Indian journal of veterinary science and animal husbandry - Volumes 15-17, 1948-1951
Year: 1948
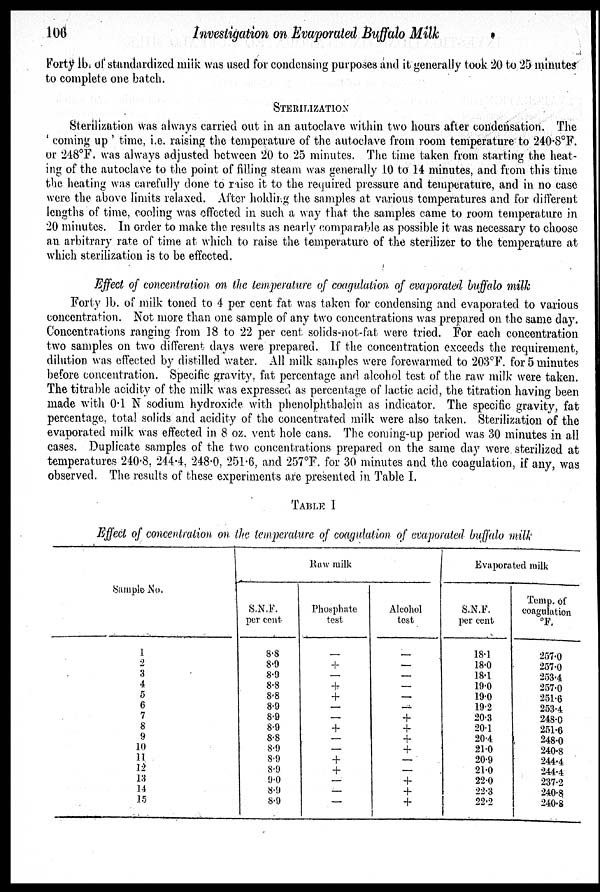
106
Investigation on Evaporated Buffalo Milk
Forty lb. of standardized milk was used for condensing purposes and it generally took 20 to 25 minutes
to complete one batch.
STERILIZATION
Sterilization was always carried out in an autoclave within two hours after condensation. The
'coming up' time, i.e. raising the temperature of the autoclave from room temperature to 240.8°F.
or 248°F. was always adjusted between 20 to 25 minutes. The time taken from starting the heat-
ing of the autoclave to the point of filling steam was generally 10 to 14 minutes, and from this time
the heating was carefully done to raise it to the required pressure and temperature, and in no case
were the above limits relaxed. After holding the samples at various temperatures and for different
lengths of time, cooling was effected in such a way that the samples came to room temperature in
20 minutes. In order to make the results as nearly comparable as possible it was necessary to choose
an arbitrary rate of time at which to raise the temperature of the sterilizer to the temperature at
which sterilization is to be effected.
Effect of concentration on the temperature of coagulation of evaporated buffalo milk
Forty lb. of milk toned to 4 per cent fat was taken for condensing and evaporated to various
concentration. Not more than one sample of any two concentrations was prepared on the same day.
Concentrations ranging from 18 to 22 per cent solids-not-fat were tried. For each concentration
two samples on two different days were prepared. If the concentration exceeds the requirement,
dilution was effected by distilled water. All milk samples were forewarmed to 203ºF. for 5 minutes
before concentration. Specific gravity, fat percentage and alcohol test of the raw milk were taken.
The titrable acidity of the milk was expressed as percentage of lactic acid, the titration having been
made with 0.1 N sodium hydroxide with phenolphthalcin as indicator. The specific gravity, fat
percentage, total solids and acidity of the concentrated milk were also taken. Sterilization of the
evaporated milk was effected in 8 oz. vent hole cans. The coming-up period was 30 minutes in all
cases. Duplicate samples of the two concentrations prepared on the same day were sterilized at
temperatures 240.8, 244.4, 248.0, 251.6, and 257°F. for 30 minutes and the coagulation, if any, was
observed. The results of these experiments are presented in Table I.
TABLE I
Effect of concentration on the temperature of coagulation of evaporated buffalo milk
Sumple No.
1
2
3
4
5
6
7
8
9
10
11
12
13
14
15
Raw milk
S.N.F.
per cent
8.8
8.9
8.9
8.8
8.8
8.9
8.9
8.9
8.8
8.9
8.9
8.9
9.0
8.9
8.9
Phosphate
test
—
+
—
+
+
—
—
+
—
—
+
+
—
—
—
Alcohol
test
—
—
—
—
—
—
+
+
+
+
—
—
+
+
+
Evaporated milk
S.N.F.
per cent
18.1
18.0
18.1
19.0
19.0
19.2
20.3
20.1
20.4
21.0
20.9
21.0
22.0
22.3
22.2
Temp. of
coagulation
°F.
257.0
257.0
253.4
257.0
251.6
253.4
248.0
251.6
248.0
240.8
244.4
244.4
237.2
240.8
240.8